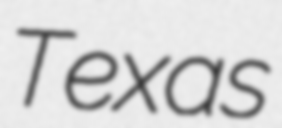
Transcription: Texas